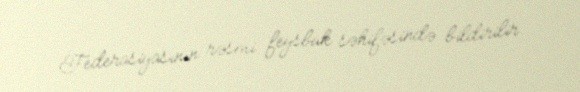
Federasiyasının rəsmi feysbuk səhifəsində bildirilir.